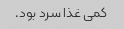
کمی غذا سرد بود.